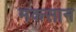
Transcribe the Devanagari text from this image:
मकसान